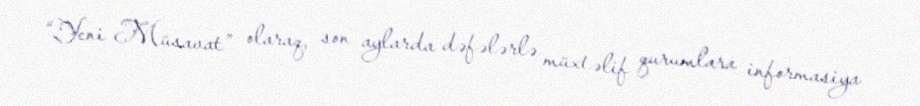
“Yeni Müsavat” olaraq, son aylarda dəfələrlə müxtəlif qurumlara informasiya